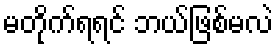
မတိုက်ရရင် ဘယ်ဖြစ်မလဲ